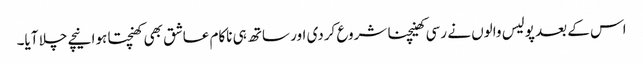
اس کے بعد پولیس والوں نے رسی کھینچنا شروع کردی اور ساتھ ہی ناکام عاشق بھی کھنچتا ہوا نیچے چلا آیا۔